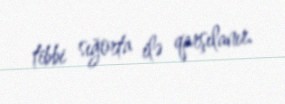
tibbi sığorta ilə qarşılanır.